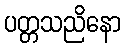
ပတ္တသညိနော